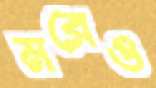
মরেও